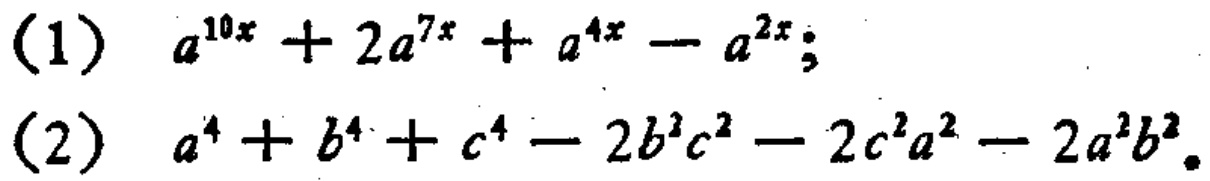
(1) \(a^{10x}+2a^{7x}+a^{4x}-a^{2x}\);

(2) \(a^{4}+b^{4}+c^{4}-2b^{2}c^{2}-2c^{2}a^{2}-2a^{2}b^{2}\)